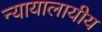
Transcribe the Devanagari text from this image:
न्यायालायीय